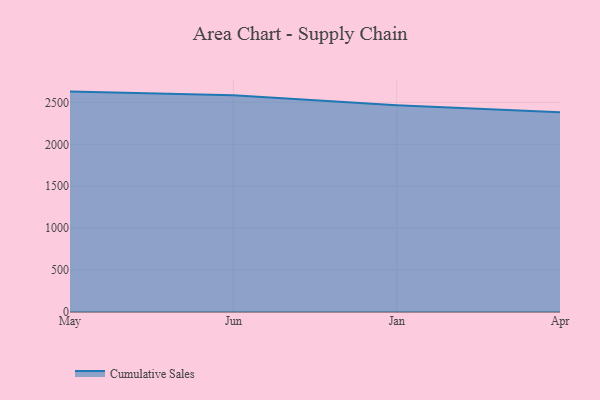
{"axis": {"x": "Month", "y": "Backlog"}, "legend": ["Cumulative Sales"], "data": [{"x": "May", "y": 2628.7, "type": "Cumulative Sales"}, {"x": "Jun", "y": 2586.3, "type": "Cumulative Sales"}, {"x": "Jan", "y": 2466.7, "type": "Cumulative Sales"}, {"x": "Apr", "y": 2381.8, "type": "Cumulative Sales"}]}